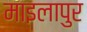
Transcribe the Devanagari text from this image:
माइलापुर